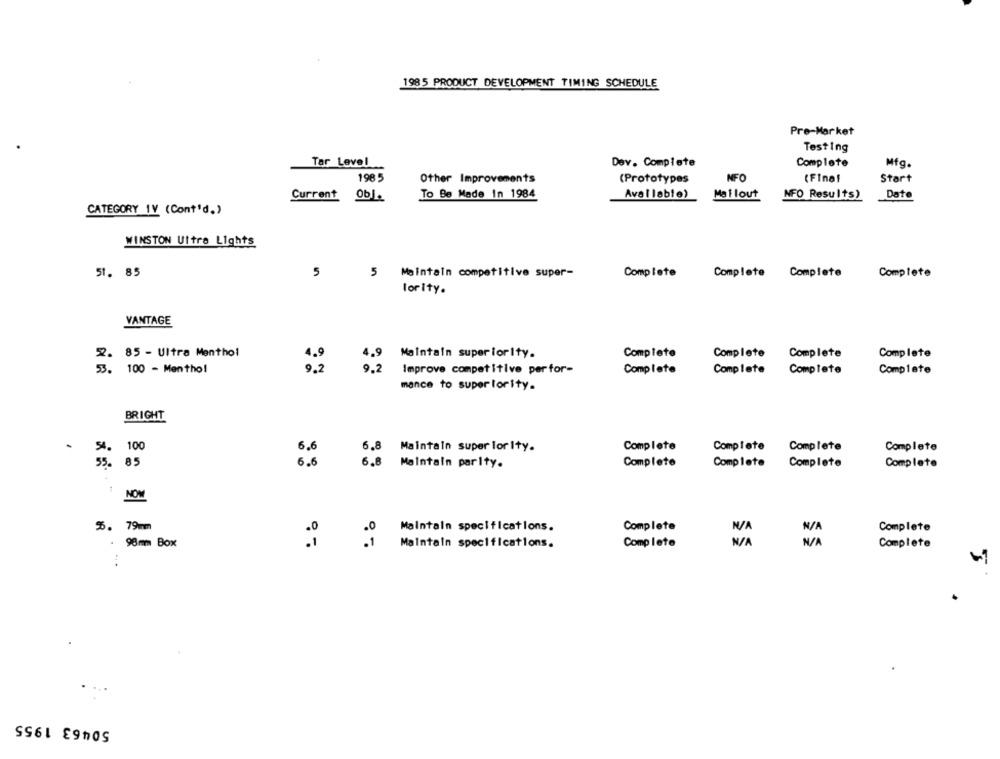
1985 PRODUCT DEVELOPMENT TIMING SCHEDULE
Pre-Market
Testing
Tar Level
Dev. Complete
Complete
Mfg.
198 5
Other Improvements
(Prototypes
NFO
(Final
Start
Current 0bl.
To Be Made In 1984
Available)
Mat lout
NFO Results)
Date
CATEGORY IV (Cont'd.)
WINSTON Ultre Lights
51. 85
5
Maintain competitive super-
Complete
Complete Complete
Complete
lority.
VANTAGE
22. 85 - Ultra Menthol
Maintain superiority.
Complete
Complete
Complete
Complete
4.9
53. 100 - Mentho!
9,
9.2
Improve competitive per for-
Complete
Complete
Complete
Complete
mance to superiority.
BRIGHT
.
4. 100
6.6
5.8
Maintain super lor Ity.
Complete
Complete
Complete
Complete
6.6
6.8
Maintain parity.
Complete
Complete
Complete
55.
Complete
NOW
%. 79mm
Maintain specifications.
Complete
Complete
98mm Box
Maintain specifications.
Comp lete
N /A
N /A
Complete
:
50463 1955